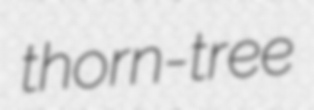
thorn-tree